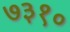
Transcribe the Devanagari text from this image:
७३१०